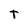
Character: t